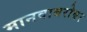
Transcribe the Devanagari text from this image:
मानवाबरोबर